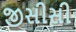
જીસીસી